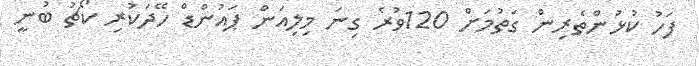
ފަހު ކުޅުންތެރިން ގަތުމަށް 120ވުރެ ގިނަ މިލިއަން ޕައުންޑް ހޭދަކުރި ކޯޗު ބުނީ